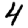
Digit: 4